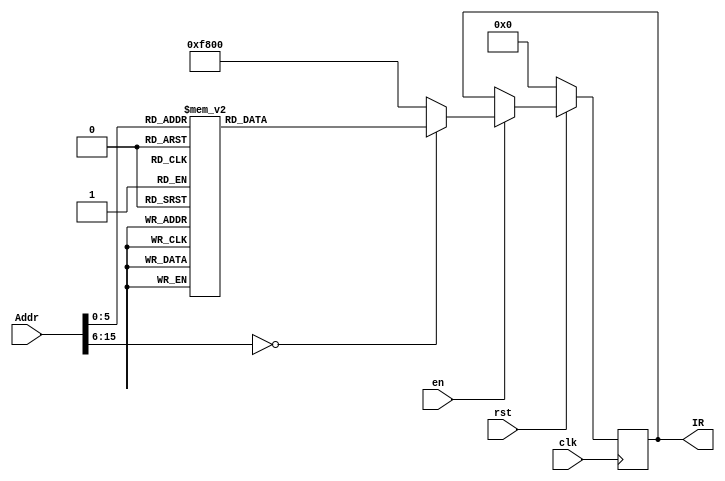
`timescale 1ns / 1ps
//////////////////////////////////////////////////////////////////////////////////
// Company: 
// Engineer: 
// 
// Design Name: 
// Module Name: Imem
// Project Name: 
// Target Devices: 
// Tool Versions: 
// Description: 
// 
// Dependencies: 
// 
// Revision:
// Revision 0.01 - File Created
// Additional Comments:
// 
//////////////////////////////////////////////////////////////////////////////////


module Imem(
    input clk,
    input rst,
    input en,
    input [15:0] Addr,
    output reg [15:0] IR
    );
    
    reg [15:0] Instra;
    
    initial
    begin
    IR = 16'b0000000000000000;
    Instra = 16'b0000000000000000;
    end
    
    always @(Addr)
    begin
        case(Addr)
        16'b0000000000000000: Instra = 16'b0000010000000101; //mov r0, 5;
        16'b0000000000000001: Instra = 16'b0000010010000000; //mov r1, 0;
        16'b0000000000000010: Instra = 16'b0001000010000000; //sto r1, r0;
        
        16'b0000000000000011: Instra = 16'b0000010000001010; //mov r0, 10;
        16'b0000000000000100: Instra = 16'b0000010010000001; //mov r1, 1;
        16'b0000000000000101: Instra = 16'b0001000010000000; //sto r1, r0;
        
        16'b0000000000000110: Instra = 16'b0000010000000000; //mov r0, 0;
        16'b0000000000000111: Instra = 16'b0000010010000010; //mov r1, 2;
        16'b0000000000001000: Instra = 16'b0001000010000000; //sto r1, r0;
        
        16'b0000000000001001: Instra = 16'b0000010000000100; //mov r0, 4;
        16'b0000000000001010: Instra = 16'b0000010010000011; //mov r1, 3;
        16'b0000000000001011: Instra = 16'b0001000010000000; //sto r1, r0;
        
        16'b0000000000001100: Instra = 16'b0000010000000001; //mov r0, 1;
        16'b0000000000001101: Instra = 16'b0000010010000100; //mov r1, 4;
        16'b0000000000001110: Instra = 16'b0001000010000000; //sto r1, r0;
        
        16'b0000000000001111: Instra = 16'b0000010000000110; //mov r0, 6;
        16'b0000000000010000: Instra = 16'b0000010010000101; //mov r1, 5;
        16'b0000000000010001: Instra = 16'b0001000010000000; //sto r1, r0;
        
        16'b0000000000010010: Instra = 16'b0000010000000110; //mov r2, 6;
        16'b0000000000010011: Instra = 16'b0000010010000000; //mov r2, 6;
        16'b0000000000010100: Instra = 16'b0000010100000000; //mov r2, 0;
        16'b0000000000010101: Instra = 16'b0000010110000001; //mov r3, 1;
        16'b0000000000010110: Instra = 16'b0000001000110000; //mov r4, r3;
        16'b0000000000010111: Instra = 16'b0011001000000000; //dec r4;  
        16'b0000000000011000: Instra = 16'b0000101011000000; //lad r5, r4;
        16'b0000000000011001: Instra = 16'b0000101100110000; //lad r6, r3;
        16'b0000000000011010: Instra = 16'b0101001011100000; //cmp r5, r6;      
        16'b0000000000011011: Instra = 16'b1000001000100010; //JLS 34;
        16'b0000000000011100: Instra = 16'b0000001111010000; //mov r7, r5;
        16'b0000000000011101: Instra = 16'b0000001011100000; //mov r5, r6;
        16'b0000000000011110: Instra = 16'b0000001101110000; //mov r6, r7;
        16'b0000000000011111: Instra = 16'b0001001001010000; //sto r4, r5;
        16'b0000000000100000: Instra = 16'b0001000111100000; //sto r3, r6;
        16'b0000000000100001: Instra = 16'b0000010100000000; //mov r2, 0;
        16'b0000000000100010: Instra = 16'b0010100110000000; //inc r3;
        16'b0000000000100011: Instra = 16'b0101000110000000; //cmp r3, r0;  
        16'b0000000000100100: Instra = 16'b0111100000010110; //jlo 22;
        16'b0000000000100101: Instra = 16'b0000011110000001; //mov r7, 1;
        16'b0000000000100110: Instra = 16'b0010000001110000; //sub r0, r7;            
        16'b0000000000100111: Instra = 16'b0010001110100000; //sub r7, r2;  
        16'b0000000000101000: Instra = 16'b0000001101110000; //mov r2, r7;
        16'b0000000000101001: Instra = 16'b0110000000010101; //JNE 21;
        16'b0000000000101010: Instra = 16'b1111100000000000; //hlt;
        default: Instra = 16'b1111100000000000;
        endcase
    end
    
    always @(posedge clk)
    begin
        if(rst == 0) IR = 16'b0000000000000000;
        else
        begin
            if(en == 1) IR = Instra;
        end
    end
endmodule